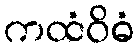
ကထံဝိဓံ